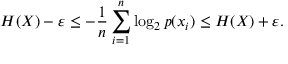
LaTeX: H ( X ) - \varepsilon \leq - { \frac { 1 } { n } } \sum _ { i = 1 } ^ { n } \log _ { 2 } p ( x _ { i } ) \leq H ( X ) + \varepsilon .